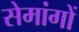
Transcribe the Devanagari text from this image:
सेमांगों